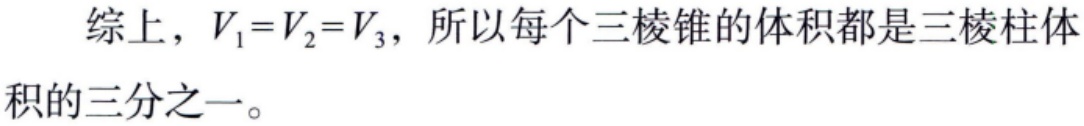
综上，\(V_{1}=V_{2}=V_{3}\)，所以每个三棱锥的体积都是三棱柱体积的三分之一。